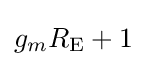
g_{m}R_{\text{E}}+1